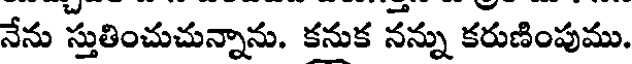
నేను స్తుతించుచున్నాను. కనుక నన్ను కరుణింపుము.